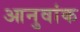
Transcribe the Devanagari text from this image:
आनुवांक